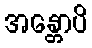
အန္တောပိ